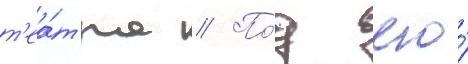
т'еа́тра // По́д его́